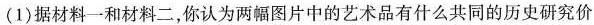
(1)据材料一和材料二，你认为两幅图片中的艺术品有什么共同的历史研究价